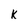
Character: k